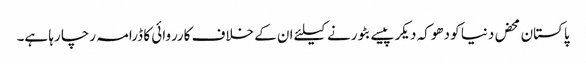
پاکستان محض دنیا کو دھوکہ دیکر پیسے بٹورنے کیلئے ان کے خلاف کارروائی کا ڈرامہ رچا رہا ہے۔